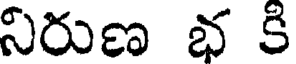
నిరుణ భ కి